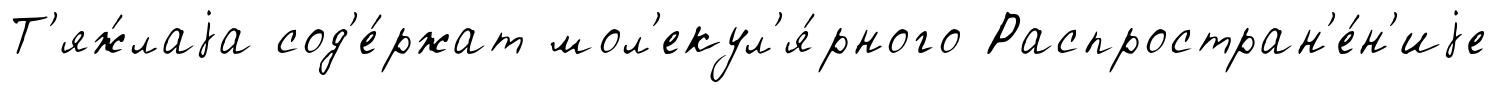
Т'яж́лаjа сод'е́ржат мол'екул'я́рного Распростран'е́н'иjе